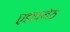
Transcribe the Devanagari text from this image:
एडावलेठ